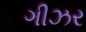
ગીઝર